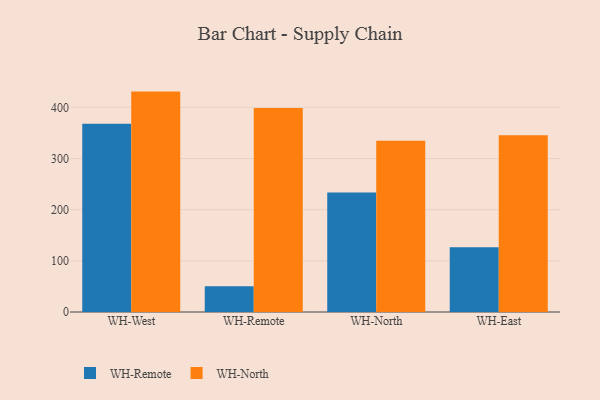
{"axis": {"x": "Warehouse", "y": "Revenue (USD Million)"}, "legend": ["WH-North", "WH-Remote"], "data": [{"x": "WH-West", "y": 368.2, "type": "WH-Remote"}, {"x": "WH-West", "y": 430.8, "type": "WH-North"}, {"x": "WH-Remote", "y": 50.4, "type": "WH-Remote"}, {"x": "WH-Remote", "y": 398.7, "type": "WH-North"}, {"x": "WH-North", "y": 233.7, "type": "WH-Remote"}, {"x": "WH-North", "y": 334.9, "type": "WH-North"}, {"x": "WH-East", "y": 126.7, "type": "WH-Remote"}, {"x": "WH-East", "y": 345.6, "type": "WH-North"}]}